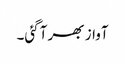
آواز بھر آگئی۔